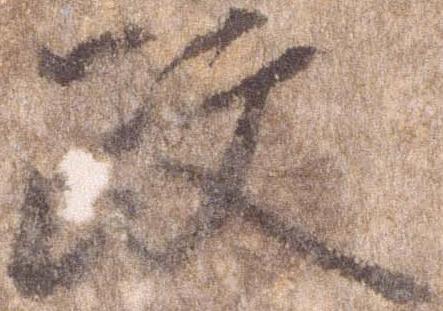
政